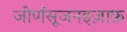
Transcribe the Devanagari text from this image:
जीर्णसूजनइज़ाफ़